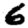
Digit: 6